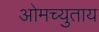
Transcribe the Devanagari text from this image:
ओमच्युताय